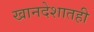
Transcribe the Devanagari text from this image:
खानदेशातही